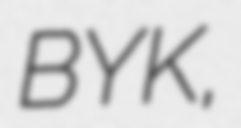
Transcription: BYK,